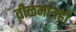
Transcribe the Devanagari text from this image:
तीळमात्रही